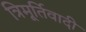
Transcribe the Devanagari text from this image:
त्रिमूर्तिवादी